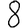
Digit: 8